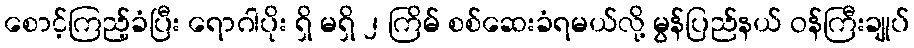
စောင့်ကြည့်ခံပြီး ရောဂါပိုး ရှိ မရှိ ၂ ကြိမ် စစ်ဆေးခံရမယ်လို့ မွန်ပြည်နယ် ဝန်ကြီးချုပ်